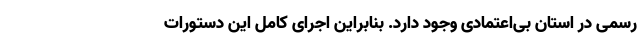
رسمی در استان بی‌اعتمادی وجود دارد. بنابراین اجرای کامل این دستورات